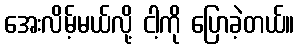
အေးလိမ့်မယ်လို့ ငါ့ကို ပြောခဲ့တယ်။